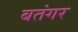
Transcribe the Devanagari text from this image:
बतंगर